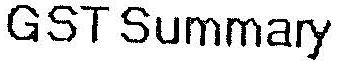
GST SUMMARY